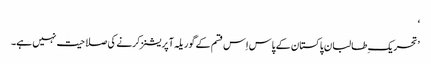
‘
’تحریک ِطالبان پاکستان کے پاس اِس قسم کے گوریلہ آپریشنز کرنے کی صلاحیت نہیں ہے۔